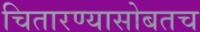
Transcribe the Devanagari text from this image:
चितारण्यासोबतच